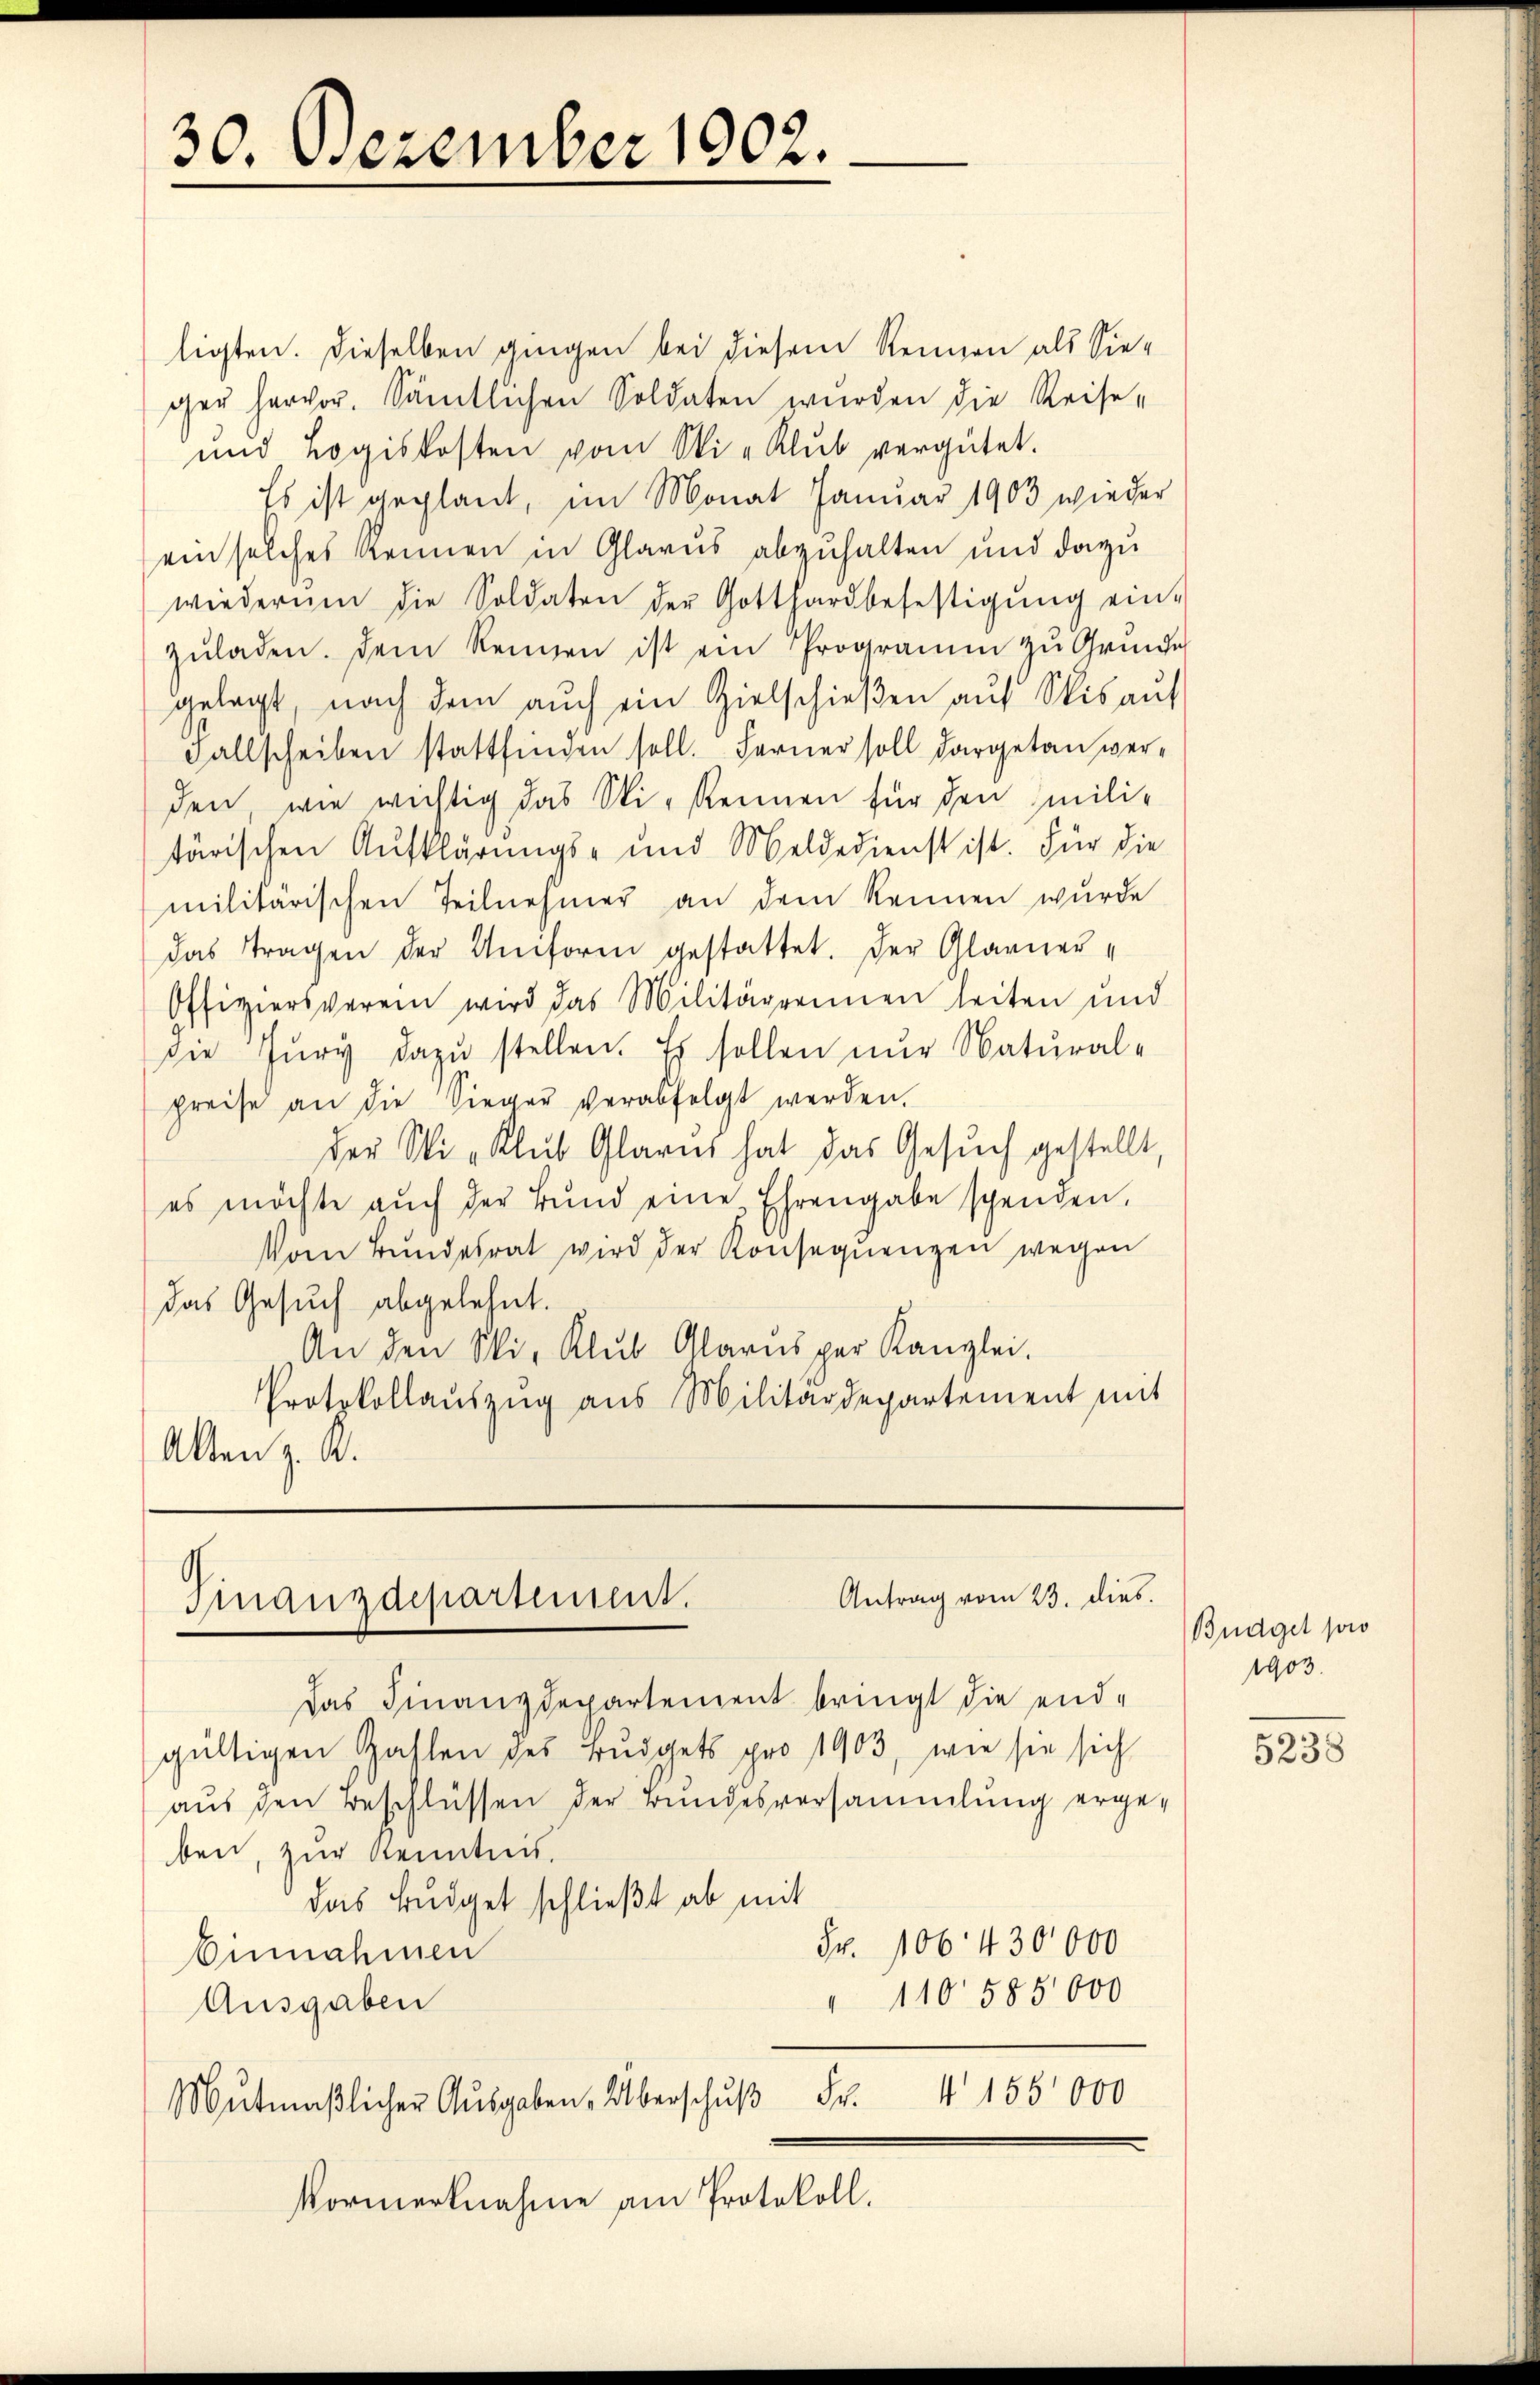
30. Dezember 1902.

ligten. Dieselben gingen bei diesem Rennen als Sieger hervor. Sämtlichen Soldaten würden die Reise-
und Logiskosten vom Wi-Klŭb vergütet.
Es ist geplant, im Monat Januar 1903 wieder
ein solches kennen in Glarus abzuhalten und dazu
wiederum die Soldaten der Gotthardbefestigŭng ein-
zŭladen. Dem Rennen ist ein Programm zu Grunde
gelegt, nach dem auch ein Zielschießen auf Wis auf
Fallscheiben stattfinden soll. Ferner soll dargetan werden, wie wichtig das Sti-Rennen für den mili-
tärischen Aufklärungs- und Meldedienst ist. Für die
militärischen Teilnehmer an dem Rennen wurde
das Tragen der Uniform gestattet. Der Glarner¬
Offiziersverein wird das Militärrennen leiten und
die Jury dazŭ stellen. Es sollen nur Natural-
preise an die Sieger verabfolgt werden.
der Sti-Klŭb Glarus hat das Gesŭch gestellt,
es möchte aŭch der Bŭnd eine Ehrengabe schenden.
Vom Bundesrat wird der Konsequenzen wegen
das Gesuch abgelehnt.
An den Wi-Klŭb Glarus per Kanzlei.
Protokollaŭszŭg aŭs Militärdepartement mit
Alten z. R.

Antrag vom 23. dies.
Finanzdepartement.

Das Finanzdepartement bringt die end-
gültigen Zahlen des Budgets pro 1903, wie sie sich
aus den Beschlüssen der Bundesversammlung ergeben, zur Kenntnis.
das Budget schließt ab mit
Fr. 106. 430000
Einnahmen
" 110585000
Ausgaben
4 155000
Mŭtmaßlicher Ausgaben. Überschuß Fr.
Vormerknahme am Protokoll.

Büdget pro
1903.

5238